King Institute of Preventive Medicine Micro-Biological Section reports 1909-11
Year: 1909
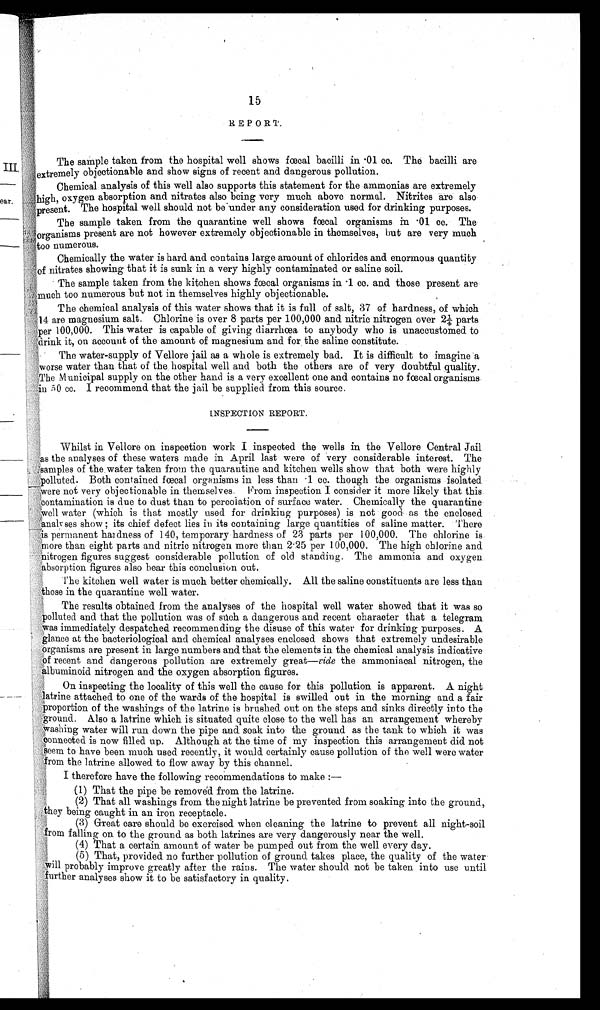
15
REPORT.
The sample taken from the hospital well shows faecal bacilli in .01 cc. The bacilli are
extremely objectionable and show signs of recent and dangerous pollution.
Chemical analysis of this well also supports this statement for the ammonias are extremely
highs, oxygen absorption and nitrates also being very much above normal. Nitrites are also
present. The hospital well should not be under any consideration used for drinking purposes.
The sample taken from the quarantine well shows faecal organisms in 01 cc. The
. organisms present are not however extremely objectionable in themselves, but are very much
too numerous.
Chemically the water is hard and contains large amount of chlorides and enormous quantity
of nitrates showing that it is sunk in a very highly contaminated or saline soil.
The sample taken from the kitchen shows foetal organisms in 01 cc. and those present are
much too numerous but not in themselves highly objectionable.
The chemical analysis of this water shows that it is full of salt, 37 of hardness, of which
314 are magnesium salt. Chlorine is over 8 parts per 100,000 and nitric nitrogen over 21 parts
per 100,000, This water is capable of giving diarrhoea to anybody who is unaccustomed to
drink it, on account of the amount of magnesium and for the saline constitute.
The water-supply of Yellore jail as a whole is extremely bad. It is difficult to imagine 'a
worse water than that of the hospital well and both the others are of very doubtful quality.
The Municipal supply on the other hand is a very excellent one and contains no foecal organisms
in 5 0 cc. I recommend that the jail be supplied from this source.
INSPECTION REPORT.
Whilst in Vellore on inspection work I inspected the wells in the Vellore Central Jail
as the analeses of these waters made in April last were of very considerable interest. The
samples of the water taken from the quarantine and kitchen wells show that both were highly
polluted, Both contained fœcal organisms in less than .1 cc. though the organisms isolated
were not very objectionable in themselves. From inspection I consider it more likely that this
contamination is due to dust than to percolation of surface water. Chemically the quarantine
well water (which is that mostly used for drinking purposes) is not good as the enclosed
analyses show ; its chief defect lies in its containing large quantities of saline matter. There
permanent hardness of 140, temporary hardness of 23 parts per 100,000. The chlorine is
more than eight parts and nitric nitrogen more than 2.25 per 100,000. The high chlorine and
nitrogen figures suggest considerable pollution of old standing. The ammonia and oxygen
absorptions figures also bear this conclusion out,
The kitchen well water is much better chemically. All the saline constituents are less than
chose in the quarantine well water.
The results obtained from the analyses of the hospital well water showed that it was so
polluted and that the pollution was of such a dangerous and recent character that a telegram
was immediately despatched recommending the disuse of this water for drinking purposes, A
glances at the bacteriological and chemical analyses enclosed shows that extremely undesirable
organisms are present in large numbers and that the elements in the chemical analysis indicative
o f
recent and dangerous pollution are extremely great—ride the ammoniacal nitrogen, the
albuminoid nitrogen and the oxygen absorption figures.
On inspecting the locality of this well the cause for this pollution is apparent. A night
latrine attached to one of the wards of the hospital is swilled out in the morning and a fair
proportions of the washings of the latrine is brushed out on the steps and sinks directly into the
grounds. Also a latrine which is situated quite close to the well has an arrangement whereby
washing water will run down the pipe and soak into the ground as the tank to which it was
connected is now filled up. Although at the time of my inspection this arrangement did not
seem to have been much used recently, it would certainly cause pollution of the well were water
the latrine allowed to flow away by this channel,
I therefore have the following recommendations to make
(1) That the pipe be removed from the latrine.
(2) That all washings from the night latrine be prevented from soaking into the ground,
they being caught in an iron receptacle.
(3) Great care should be exercised when cleaning the latrine to prevent all night-soil
from falling on to the ground as both latrines are very dangerously near the well.
(4) That a certain amount of water be pumped out from the well every day.
(5)
(5) That, provided no further pollution of ground takes place, the quality of the water-
ill probably improve greatle after the rains. The water should not be taken into use until.
further analyses show it to be satisfactore in quality.